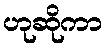
ဟုဆိုကာ